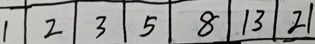
1 2 3 5 8 1 3 2 1